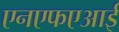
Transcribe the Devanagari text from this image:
एनएफएआई